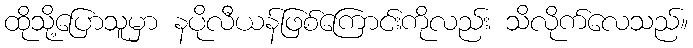
ထိုသို့ပြောသူမှာ နပိုလီယန်ဖြစ်ကြောင်းကိုလည်း သိလိုက်လေသည်။